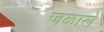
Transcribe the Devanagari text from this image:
जळाले